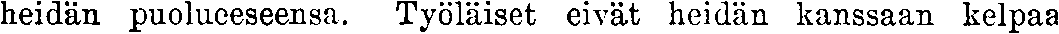
heidän puolueeseensa. Työläiset eivät heidän kanssaan kelpaa